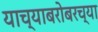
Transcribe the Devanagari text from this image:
याच्याबरोबरच्या